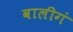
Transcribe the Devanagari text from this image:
वालीगं